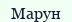
Марун